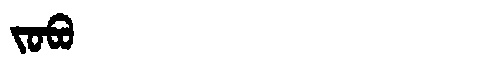
Manchu: ᠵᠣᠪᠣ
Romanization: JOBO